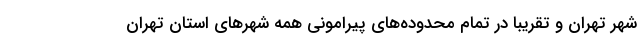
شهر تهران و تقریبا در تمام محدوده‌های پیرامونی همه شهرهای استان تهران